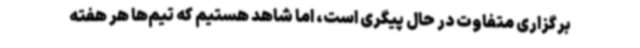
برگزاری متفاوت در حال پیگری است، اما شاهد هستیم که تیم‌ها هر هفته